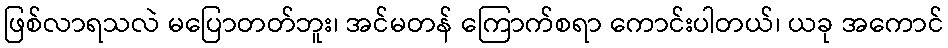
ဖြစ်လာရသလဲ မပြောတတ်ဘူး၊ အင်မတန် ကြောက်စရာ ကောင်းပါတယ်၊ ယခု အကောင်